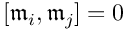
[ { \mathfrak { m } } _ { i } , { \mathfrak { m } } _ { j } ] = 0